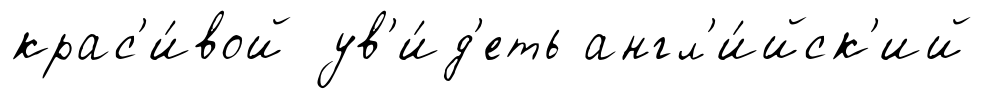
крас'и́вой ув'и́д'еть англ'и́йск'ий